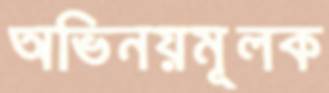
অভিনয়মূলক